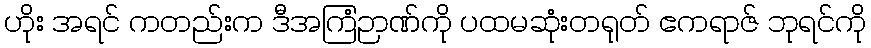
ဟိုး အရင် ကတည်းက ဒီအကြံဉာဏ်ကို ပထမဆုံးတရုတ် ဧကရာဇ် ဘုရင်ကို